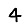
Digit: 4